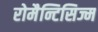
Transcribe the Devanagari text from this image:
रोमैन्टिसिज्म